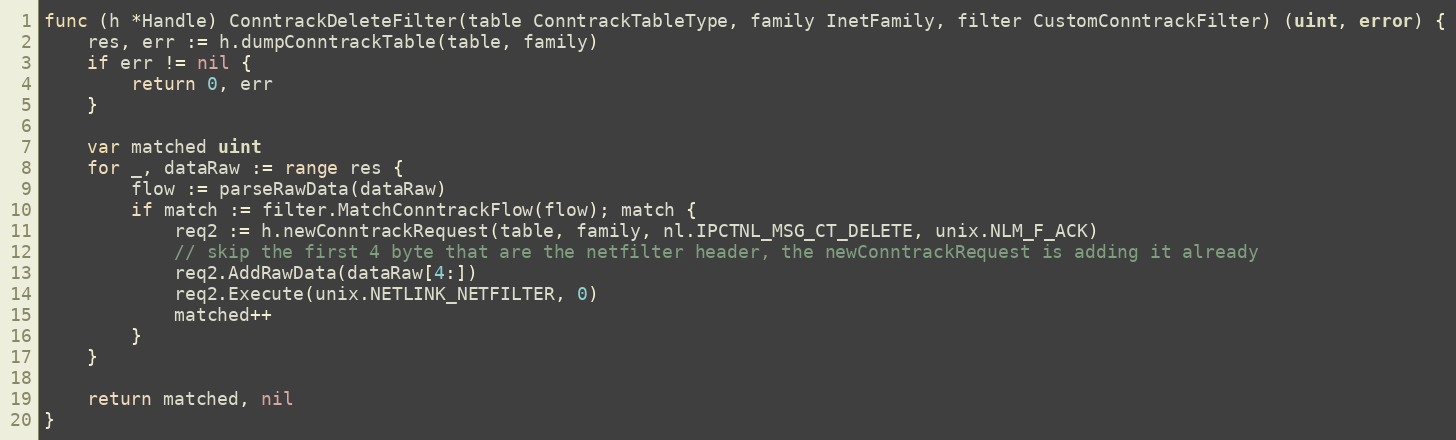
Language: Go
func (h *Handle) ConntrackDeleteFilter(table ConntrackTableType, family InetFamily, filter CustomConntrackFilter) (uint, error) {
	res, err := h.dumpConntrackTable(table, family)
	if err != nil {
		return 0, err
	}

	var matched uint
	for _, dataRaw := range res {
		flow := parseRawData(dataRaw)
		if match := filter.MatchConntrackFlow(flow); match {
			req2 := h.newConntrackRequest(table, family, nl.IPCTNL_MSG_CT_DELETE, unix.NLM_F_ACK)
			// skip the first 4 byte that are the netfilter header, the newConntrackRequest is adding it already
			req2.AddRawData(dataRaw[4:])
			req2.Execute(unix.NETLINK_NETFILTER, 0)
			matched++
		}
	}

	return matched, nil
}